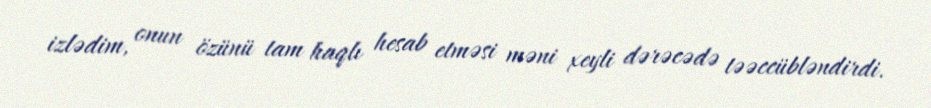
izlədim, onun özünü tam haqlı hesab etməsi məni xeyli dərəcədə təəccübləndirdi.